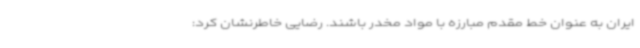
ایران به عنوان خط مقدم مبارزه با مواد مخدر باشند. رضایی خاطرنشان کرد: